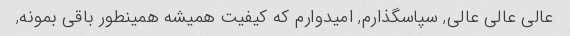
عالی عالی عالی, سپاسگذارم, امیدوارم که کیفیت همیشه همینطور باقی بمونه,